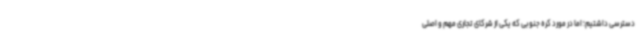
دسترسی داشتیم؛ اما در مورد کره جنوبی که یکی از شرکای تجاری مهم و اصلی